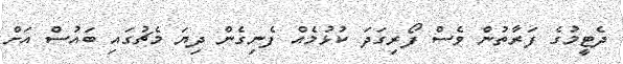
ދެޓީމުގެ ފަރާތުން ވެސް ފޯރިގަދަ ކުޅުމެއް ފެނިގެން ދިޔަ މެޗުގައި ބައުސް އަށް